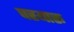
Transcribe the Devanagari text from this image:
परयारू